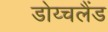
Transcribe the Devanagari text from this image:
डोय्चलैंड